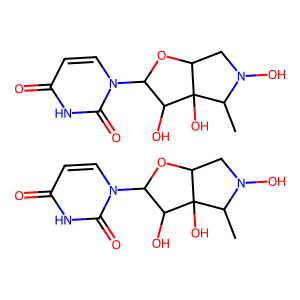
SMILES: CC1N(O)CC2OC(n3ccc(=O)[nH]c3=O)C(O)C21O.CC1N(O)CC2OC(n3ccc(=O)[nH]c3=O)C(O)C21O
Inhibits HIV replication: No